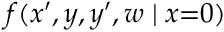
f ( x ^ { \prime } , y , y ^ { \prime } , w \mid x { = } 0 )